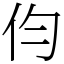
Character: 伨